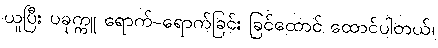
ယူပြီး ပခုက္ကူ ရောက်-ရောက်ခြင်း ခြင်ထောင် ထောင်ပါတယ်၊